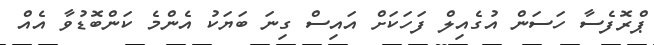
ޕްރޮފެސާ ހަސަން އުގެއިލް ފަހަކަށް އައިސް ގިނަ ބަޔަކު އެންމެ ކަންބޮޑުވާ އެއް